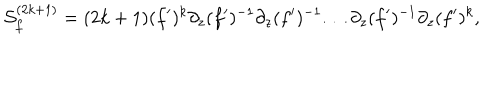
LaTeX: { \cal S } _ { f } ^ { ( 2 k + 1 ) } = ( 2 k + 1 ) ( f ^ { \prime } ) ^ { k } \partial _ { z } ( f ^ { \prime } ) ^ { - 1 } \partial _ { z } ( f ^ { \prime } ) ^ { - 1 } \ldots \partial _ { z } ( f ^ { \prime } ) ^ { - 1 } \partial _ { z } ( f ^ { \prime } ) ^ { k } ,